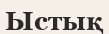
Ыстық